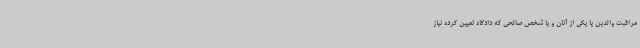
مراقبت والدین یا یکی از آنان و یا شخص صالحی که دادگاه تعیین کرده نیاز